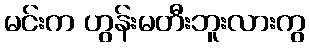
မင်းက ဟွန်းမတီးဘူးလားကွ